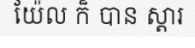
យ៉ែល ក៏ បាន ស្តារ